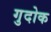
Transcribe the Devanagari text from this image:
गुदोक